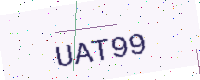
Text: UAT99